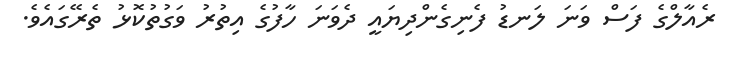
ރެއާލްގެ ފަސް ވަނަ ލަނޑު ފެނިގެންދިޔައީ ދެވަނަ ހާފުގެ އިތުރު ވަގުތުކޮޅު ތެރޭގައެވެ.